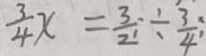
\frac { 3 } { 4 } x = \frac { 3 } { 2 1 } \div \frac { 3 } { 4 }